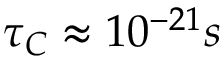
\tau _ { C } \approx 1 0 ^ { - 2 1 } s